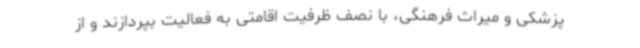
پزشکی و میراث فرهنگی، با نصف ظرفیت اقامتی به فعالیت بپردازند و از